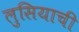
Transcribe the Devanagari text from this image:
लुसियाची